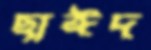
ছাঈদ